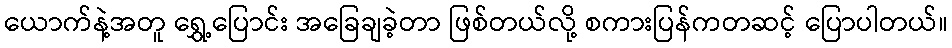
ယောက်နဲ့အတူ ရွှေ့ပြောင်း အခြေချခဲ့တာ ဖြစ်တယ်လို့ စကားပြန်ကတဆင့် ပြောပါတယ်။